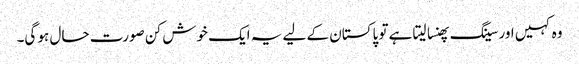
وہ کہیں اور سینگ پھنسا لیتا ہے تو پاکستان کے لیے یہ ایک خوش کن صورت حال ہو گی۔